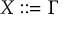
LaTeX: X : : = \Gamma \,